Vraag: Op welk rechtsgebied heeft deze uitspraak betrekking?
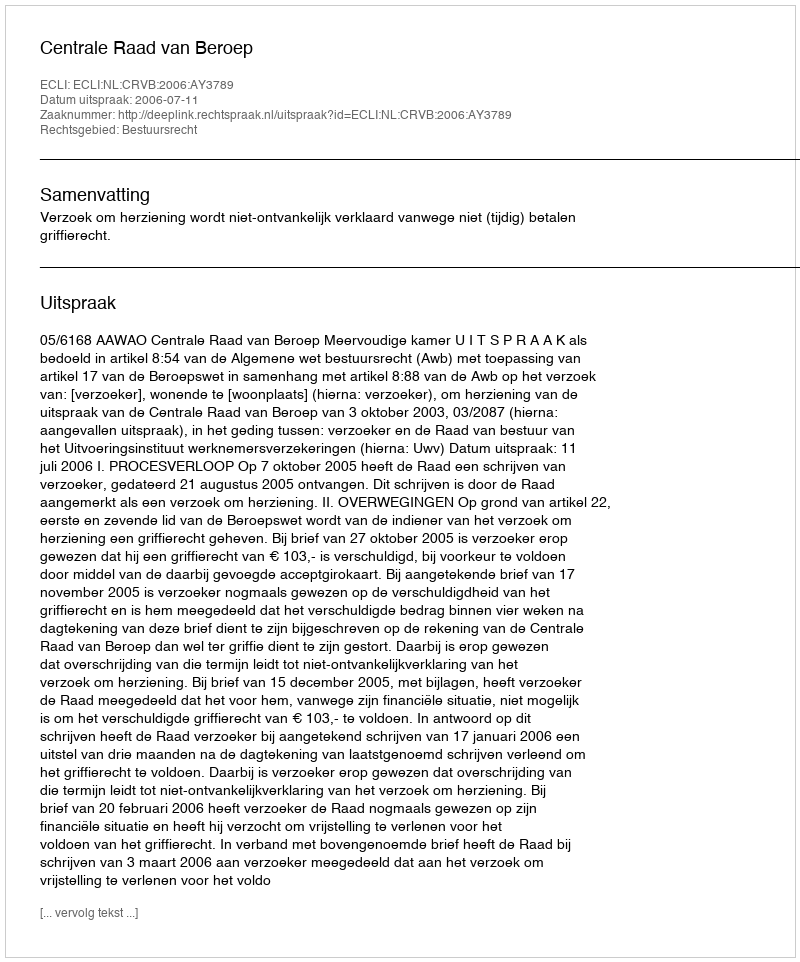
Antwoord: Bestuursrecht